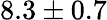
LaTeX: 8.3\pm 0.7